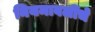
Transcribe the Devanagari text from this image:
नियमावलींचे